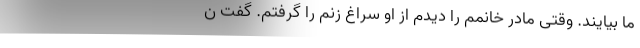
ما بیایند. وقتی مادر خانمم را دیدم از او سراغ زنم را گرفتم. گفت ن